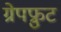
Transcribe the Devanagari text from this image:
ग्रेपफ्रुट